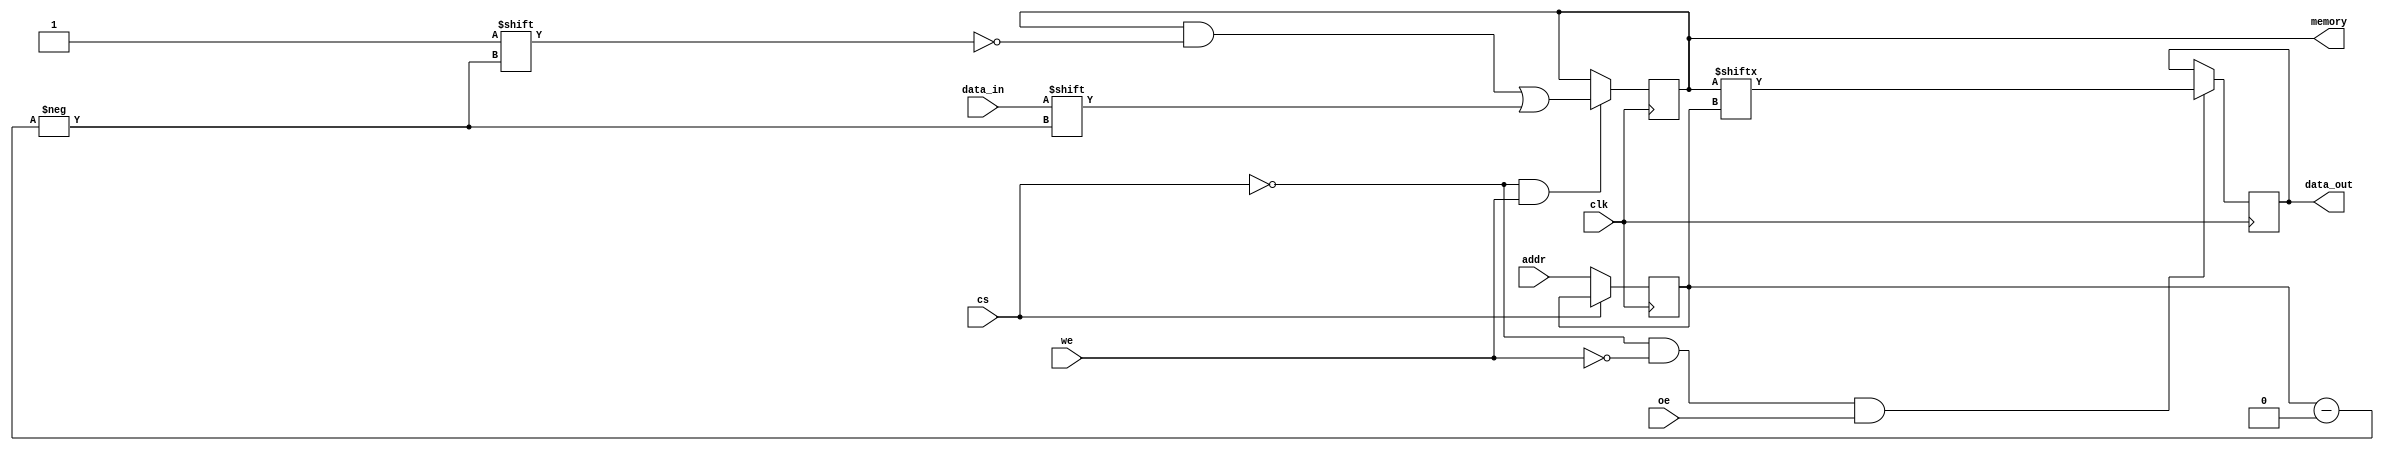
module slc_eeprom_io (
    input wire clk,             // Clock signal
    input wire cs,              // Chip Select
    input wire we,              // Write Enable
    input wire oe,              // Output Enable
    input wire [3:0] addr,      // Address input (4-bit for 16 cells)
    input wire data_in,         // Data input
    output reg data_out,        // Data output
    output reg [15:0] memory    // Memory array (16 cells)
);

// Internal signals
reg [3:0] selected_addr;       // Selected address
reg data_valid;                // Data validity flag

// Address Decoder
always @(posedge clk) begin
    if (!cs) begin
        selected_addr <= addr;  // Latch the address when chip is selected
    end
end

// Write Operation
always @(posedge clk) begin
    if (!cs && we) begin
        memory[selected_addr] <= data_in;  // Write data to the selected memory cell
    end
end

// Read Operation
always @(posedge clk) begin
    if (!cs && !we && oe) begin
        data_out <= memory[selected_addr];  // Read data from the selected memory cell
    end
end

// Data Validity Logic
always @(posedge clk) begin
    if (!cs) begin
        data_valid <= 1'b1;  // Data is valid when chip is selected
    end else begin
        data_valid <= 1'b0;  // Data is not valid when chip is deselected
    end
end

endmodule